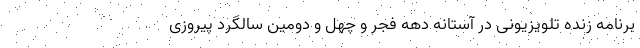
برنامه زنده تلویزیونی در آستانه دهه فجر و چهل و دومین سالگرد پیروزی